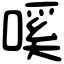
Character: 嗘